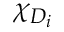
\chi _ { D _ { i } }